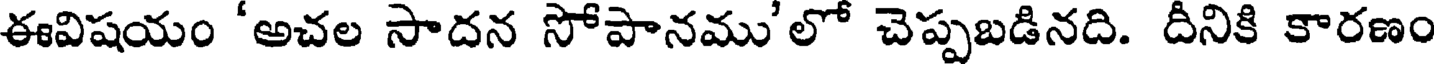
ఈవిషయం 'అచల సాదన సోపానము'లో చెప్పబడినది. దీనికి కారణం